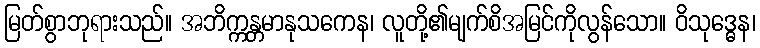
မြတ်စွာဘုရားသည်။ အဘိက္ကန္တမာနုသကေန၊ လူတို့၏မျက်စိအမြင်ကိုလွန်သော။ ဝိသုဒ္ဓေန၊